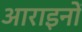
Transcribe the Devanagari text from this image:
आराइनों